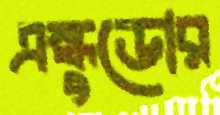
এস্কুডোর